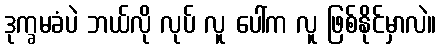
ဒုက္ခမခံပဲ ဘယ်လို လုပ် လူ ပေါ်က လူ ဖြစ်နိုင်မှာလဲ။